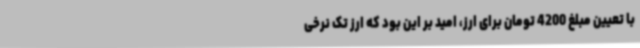
با تعیین مبلغ 4200 تومان برای ارز، امید بر این بود که ارز تک‌ نرخی